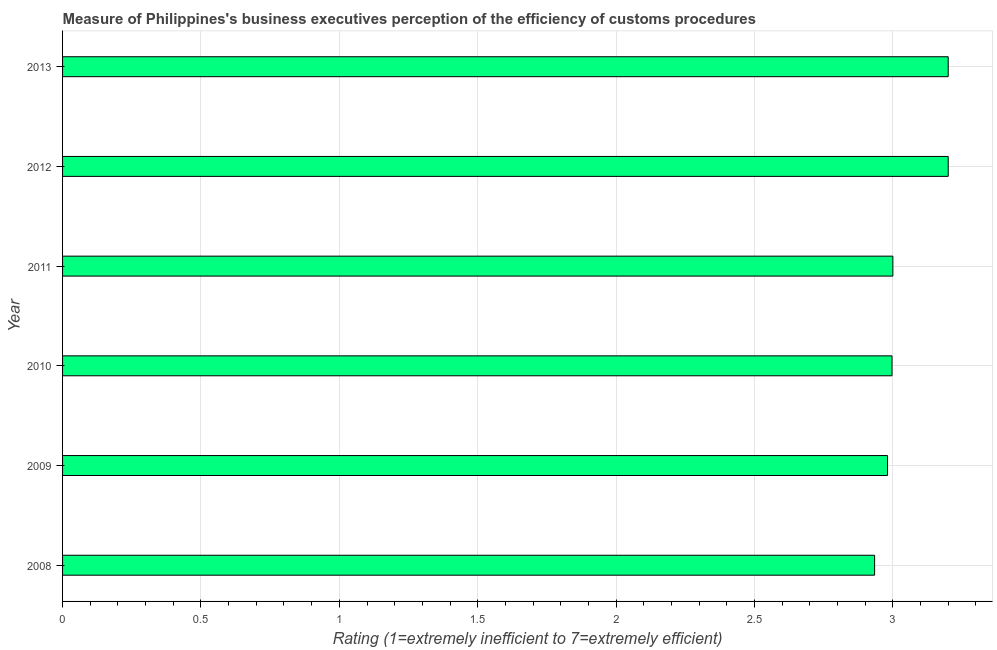
| Year | Burden of customs procedure |
 | --- | --- |
 | 2008 | 2.93 |
 | 2009 | 2.98 |
 | 2010 | 3 |
 | 2011 | 3 |
 | 2012 | 3.2 |
 | 2013 | 3.2 |